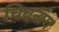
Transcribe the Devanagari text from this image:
चिबनांग